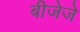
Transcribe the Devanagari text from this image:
बीजेजे